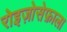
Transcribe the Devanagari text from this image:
रोइज़ोसेफ़ाला